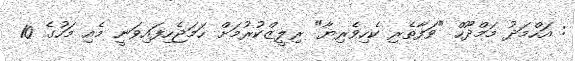
: އަހްމަދު މަމްދޫހް "ވަފާތެރި ކެހިވެރިޔާ" ރިލީޒްކުރުމަށް ހަމަޖެހިފައިވަނީ މެއި މަހުގެ 10